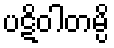
ပဋိဝါတမ္ပိ